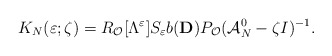
\begin{align*}K_N(\varepsilon ;\zeta )= R_\mathcal{O}[\Lambda ^\varepsilon ] S_\varepsilon b(\mathbf{D})P_\mathcal{O}(\mathcal{A}_N^0-\zeta I)^{-1} .\end{align*}